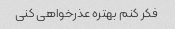
فکر کنم بهتره عذرخواهی کنی